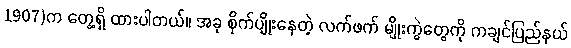
1907)က တွေ့ရှိ ထားပါတယ်။ အခု စိုက်ပျိုးနေတဲ့ လက်ဖက် မျိုးကွဲတွေကို ကချင်ပြည်နယ်